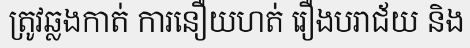
ត្រូវឆ្លងកាត់ ការនឿយហត់ រឿងបរាជ័យ និង